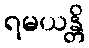
ရမယန္တိ